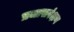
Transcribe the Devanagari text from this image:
प्रजासरंक्षण